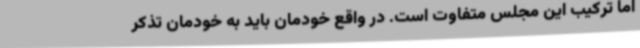
اما ترکیب این مجلس متفاوت است. در واقع خودمان باید به خودمان تذکر